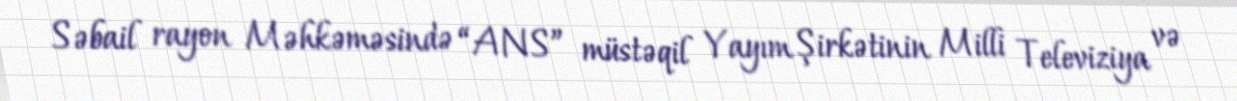
Səbail rayon Məhkəməsində “ANS” müstəqil Yayım Şirkətinin Milli Televiziya və